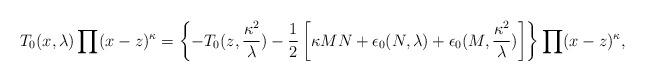
LaTeX: \begin{align*}T_{0}(x,\lambda)\prod(x-z)^{\kappa}=\left\{-T_{0}(z,\frac{\kappa^{2}}{\lambda})-\frac{1}{2}\left[\kappa MN+\epsilon_{0}(N,\lambda)+\epsilon_{0}(M,\frac{\kappa^{2}}{\lambda})\right]\right\}\prod(x-z)^{\kappa} ,\end{align*}